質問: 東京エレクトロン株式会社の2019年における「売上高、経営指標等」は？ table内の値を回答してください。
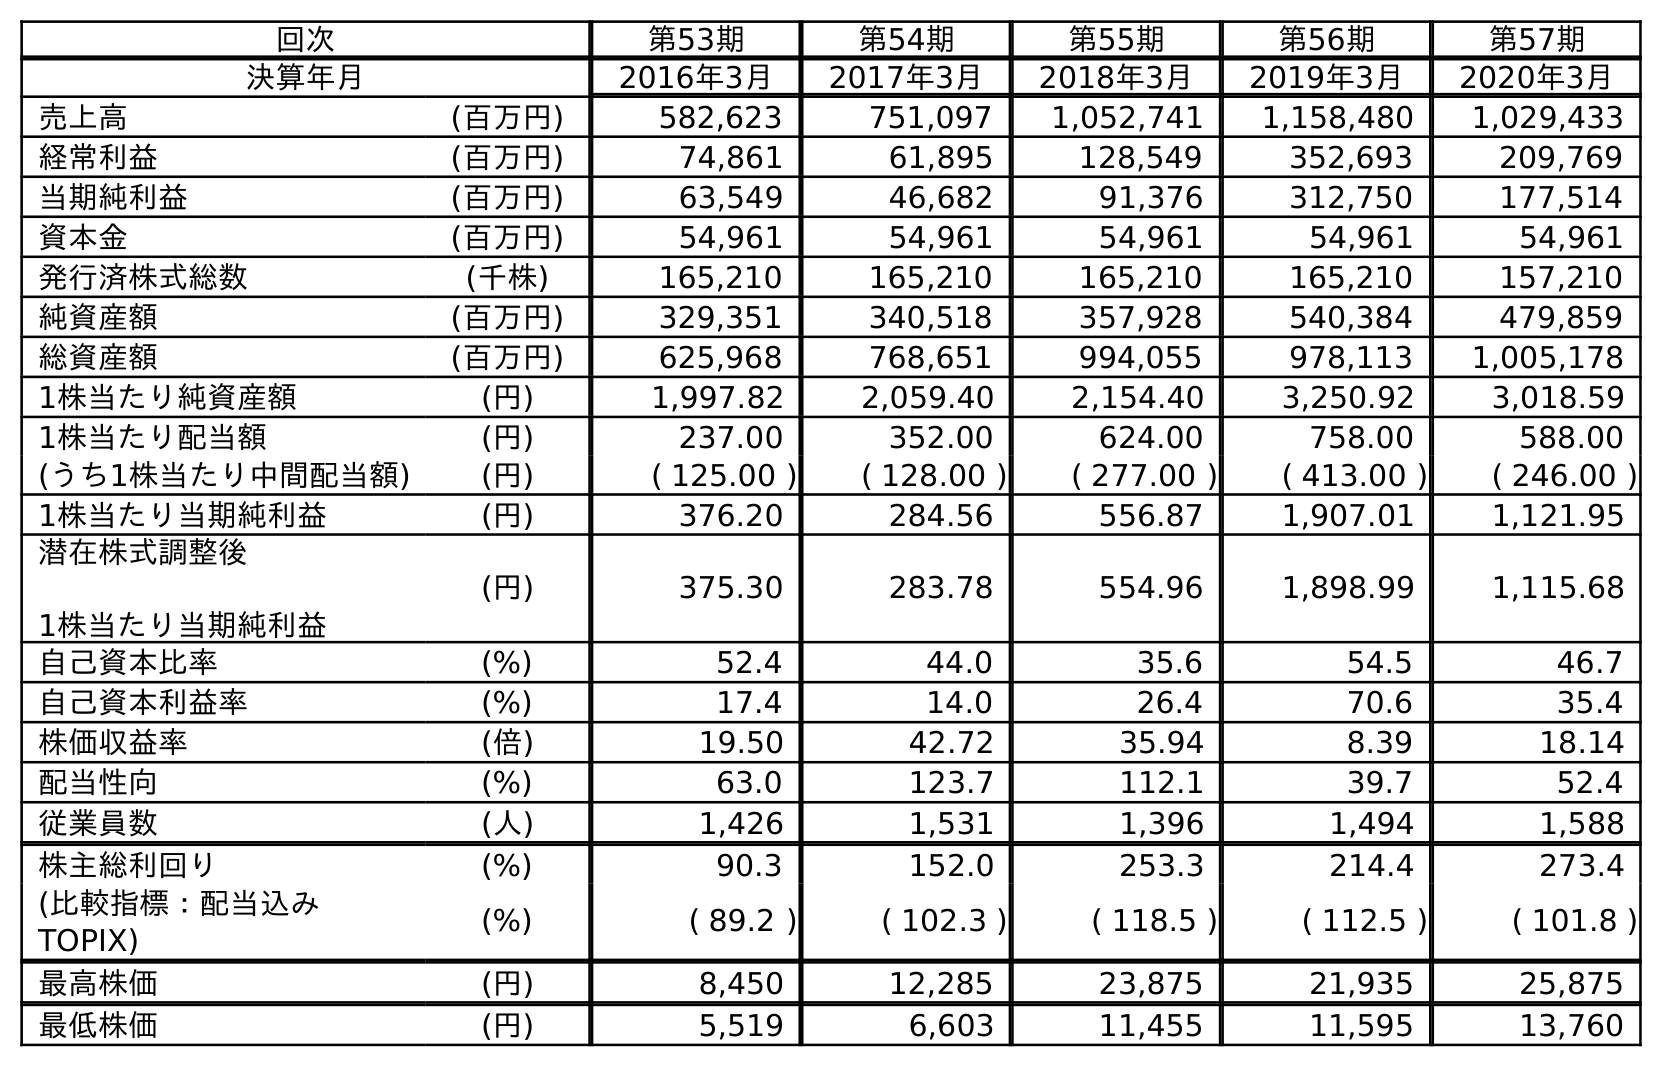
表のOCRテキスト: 回次 第53期 第54期 第55期 第56期 第57期 決算年月 2016年3月 2017年3月 2018年3月 2019年3月 2020年3月 売上高 (百万円) 582,623 751,097 1,052,741 1,158,480 1,029,433 経常利益 (百万円) 74,861 61,895 128,549 352,693 209,769 当期純利益 (百万円) 63,549 46,682 91,376 312,750 177,514 資本金 (百万円) 54,961 54,961 54,961 54,961 54,961 発行済株式総数 (千株) 165,210 165,210 165,210 165,210 157,210 純資産額 (百万円) 329,351 340,518 357,928 540,384 479,859 総資産額 (百万円) 625,968 768,651 994,055 978,113 1,005,178 1株当たり純資産額 (円) 1,997.82 2,059.40 2,154.40 3,250.92 3,018.59 1株当たり配当額 (円) 237.00 352.00 624.00 758.00 588.00 (うち1株当たり中間配当額) (円) ( 125.00 ) ( 128.00 ) ( 277.00 ) ( 413.00 ) ( 246.00 ) 1株当たり当期純利益 (円) 376.20 284.56 556.87 1,907.01 1,121.95 潜在株式調整後 1株当たり当期純利益 (円) 375.30 283.78 554.96 1,898.99 1,115.68 自己資本比率 (%) 52.4 44.0 35.6 54.5 46.7 自己資本利益率 (%) 17.4 14.0 26.4 70.6 35.4 株価収益率 (倍) 19.50 42.72 35.94 8.39 18.14 配当性向 (%) 63.0 123.7 112.1 39.7 52.4 従業員数 (人) 1,426 1,531 1,396 1,494 1,588 株主総利回り (%) 90.3 152.0 253.3 214.4 273.4 (比較指標：配当込み TOPIX) (%) ( 89.2 ) ( 102.3 ) ( 118.5 ) ( 112.5 ) ( 101.8 ) 最高株価 (円) 8,450 12,285 23,875 21,935 25,875 最低株価 (円) 5,519 6,603 11,455 11,595 13,760
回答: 1,158,480